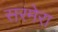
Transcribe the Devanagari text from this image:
सरमेरा